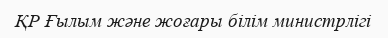
ҚР Ғылым және жоғары білім министрлігі